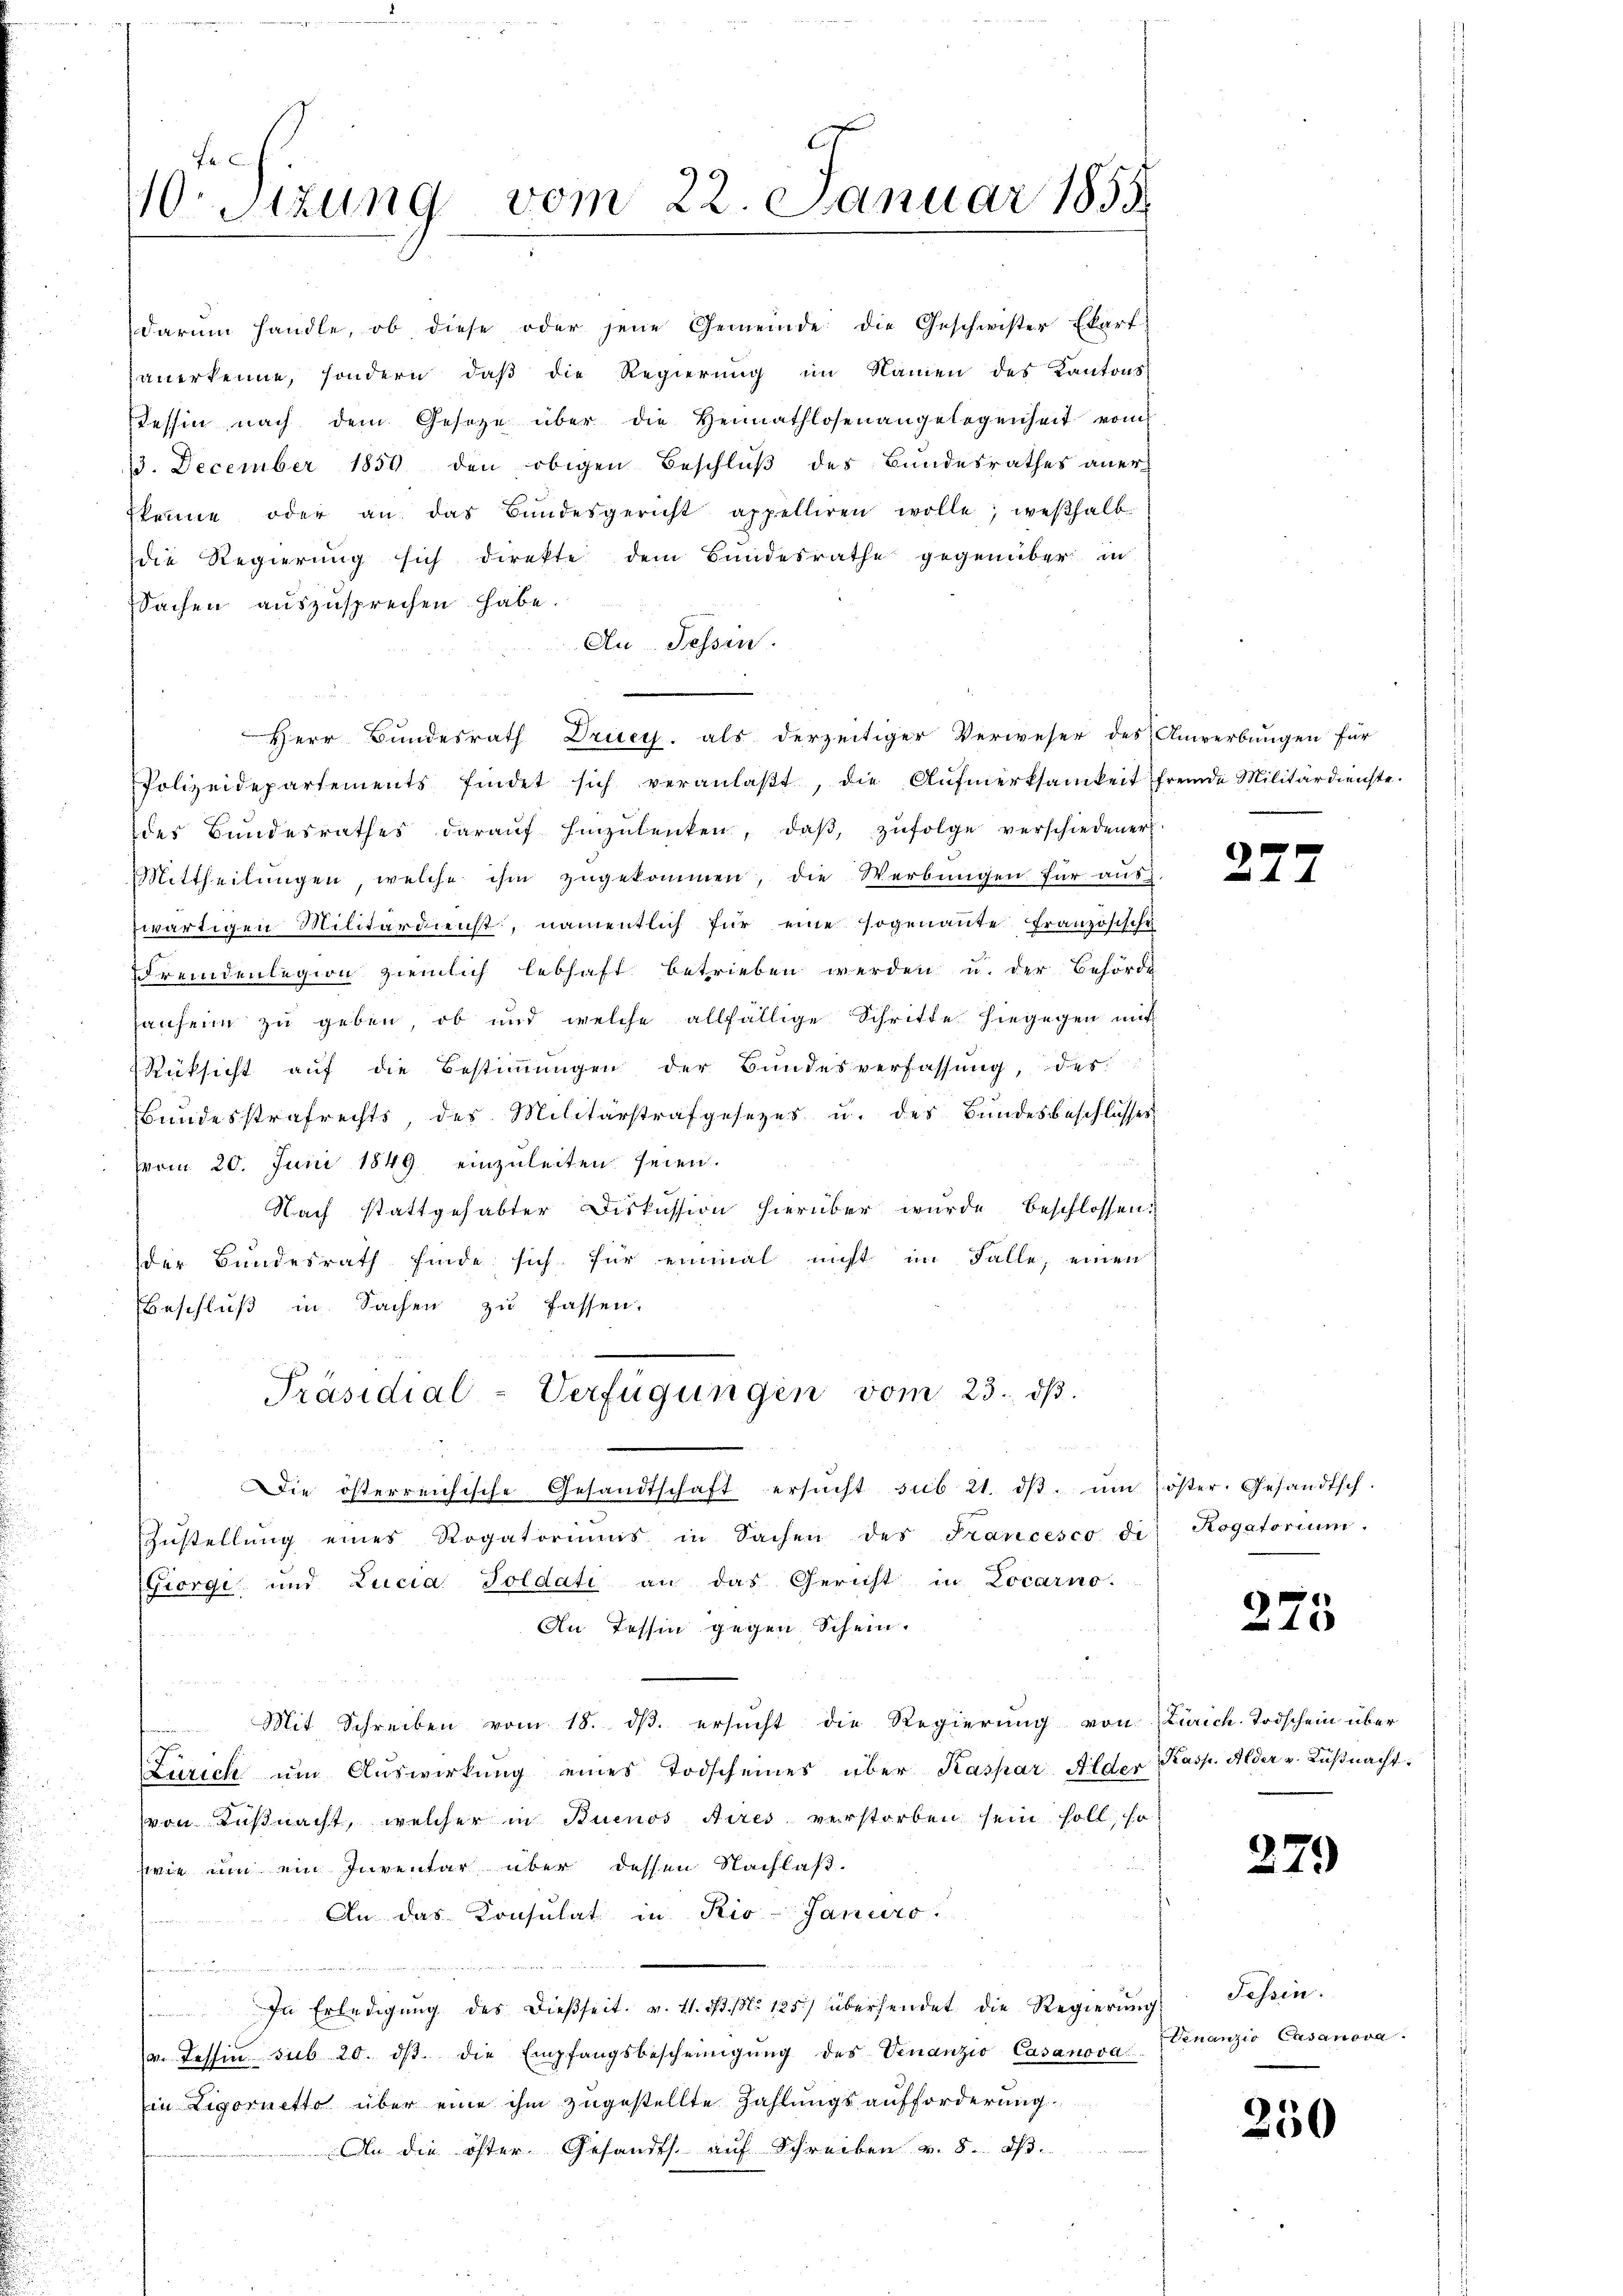
10. Sizung vom 22. Januar 1855.

darum handle, ob diese oder jene Gemeinde die Geschwister Ekart
anerkenne, sondern, daß die Regierung im Namen des Kantons-
Tessin nach dem Gesetze über die Hennathlosenangelegenheit vom
13. December 1859 den obigen Beschluß des Bundesrathes anerkenne oder an das Bundesgericht appelliren wolle; weshalb
die Regierŭng sich direkte dem Bundesrathe gegenüber in
Sachen auszusprechen habe.
An Tessin.
Polizeidepartements findet sich veranlaβt, die Aŭfmerksamkeit fremde Militärdienste.
des Bundesrathes daraŭf hinzŭlenken, daβ, zŭfolge verschiedener
Mittheilungen welche ihm zugekommen, die Werbungen für auswärtigen Militärdienst, namentlich für eine sogenannte Französische
Fremdenlegion ziemlich lebhaft betrieben werden u. der Behörde
hausein zu geben, ob und welche allfällige Schritte hingegen mit
Rücksicht auf die Bestimmungen der Bundesverfassung, des
Bundesstrafrechts, des Militärstrafgesezes u. des Bundesbeschlusses
vom 20. Juni 1849 einzuleiten seien.
Nach stattgehabter Diskussion hierüber wurde beschlossen:
der Bundesrath finde sich für einmal nicht im Falle, einen
Beschluß in Sachen zu fassen.
Präsidial-Verfügungen vom 23. dβ.

ie österreichische Gesandtschaft ersŭcht sub 21. dβ. ŭm öster. Gesandtsch.
Zustellŭng eines Rogatoriums in Sachen des Francesco di
Fiorgi und Lucia Soldati an das Gericht in Locarno.
An Tessin gegen Schein.
Mit Schreiben vom 18. ds. ersucht die Regierung von Zürich-Todschein über
Zürich um Auswirkung eines Todscheines über Kaspar Alder Kasp. Alder v. Küßnacht.
von Küßnacht, welcher in Buenos Aires verstorben sein soll, so
wie um ein Inventar über dessen Nachlaß.
An das Consulat in Rio-Januro
2 S. 2
In Erledigŭng des dießseit v. 11. 3. No 125 übersendet die Regierŭng Tessin.
v. Tessin sub 20. ds. die Empfangsbescheinigŭng des Venanzio Casanova
in Ligornetto über eine ihm zugestellte Zahlungsaufforderung
An die öster Gesandts. auf Schreiben v. 8. dβ.

Herr Bundesrath Dricy, als derzeitiger Verweser des Anwerbungen für

25

Rogatorium.

275

279)

Genanzio Casanova

250